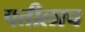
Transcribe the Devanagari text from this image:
पतीलाच